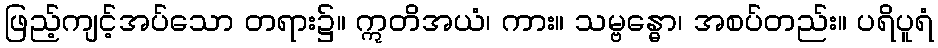
ဖြည့်ကျင့်အပ်သော တရား၌။ ဣတိအယံ၊ ကား။ သမ္ဗန္ဓော၊ အစပ်တည်း။ ပရိပူရံ